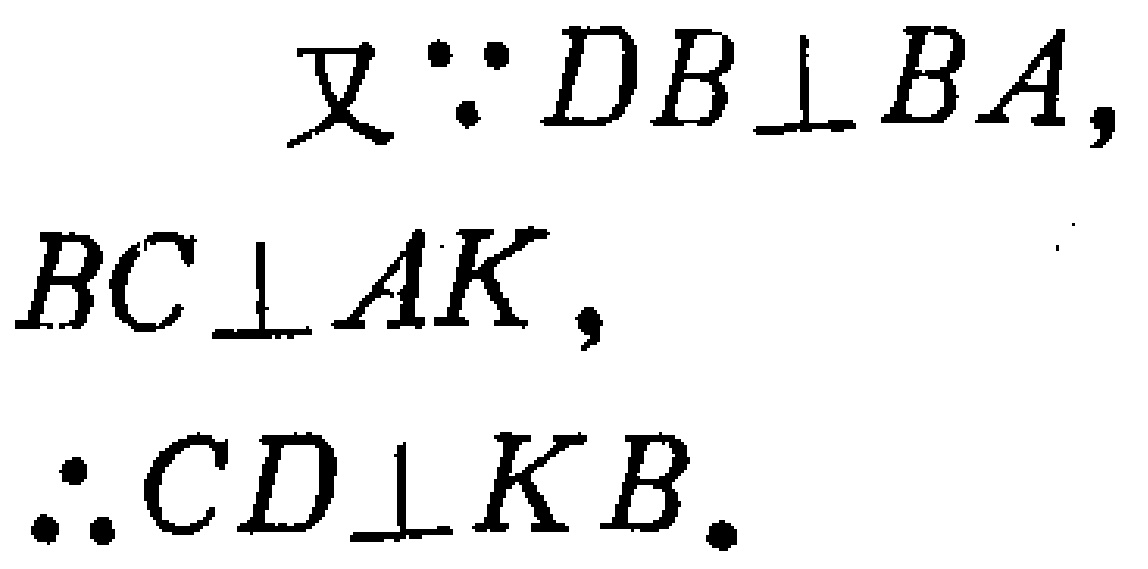
又\(\because DB\perp BA,\)
\(BC\perp AK,\)
\(\therefore CD\perp KB.\)